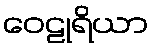
ဝေဠုရိယာ